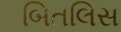
બિતલિસ